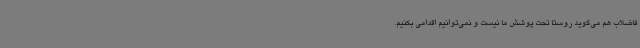
فاضلاب هم می‌گوید روستا تحت پوشش ما نیست و نمی‌توانیم اقدامی بکنیم.